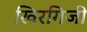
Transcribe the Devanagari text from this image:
खिरगिजी